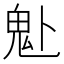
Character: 𩱻